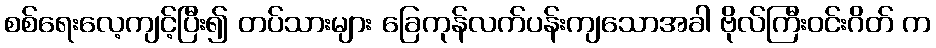
စစ်ရေးလေ့ကျင့်ပြီး၍ တပ်သားများ ခြေကုန်လက်ပန်းကျသောအခါ ဗိုလ်ကြီးဝင်းဂိတ် က